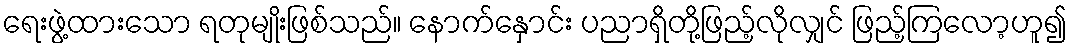
ရေးဖွဲ့ထားသော ရတုမျိုးဖြစ်သည်။ နောက်နှောင်း ပညာရှိတို့ဖြည့်လိုလျှင် ဖြည့်ကြလော့ဟူ၍